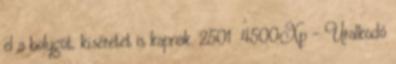
el a bolygót, kíséretet is kapnak. 2501 4500Xp - Uralkodó